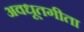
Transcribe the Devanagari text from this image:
अवधूतगीता